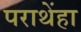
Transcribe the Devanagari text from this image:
पराथेंहा